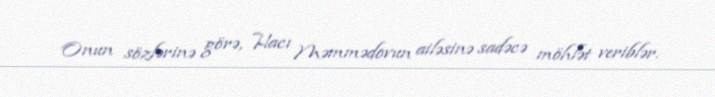
Onun sözlərinə görə, Hacı Məmmədovun ailəsinə sadəcə möhlət veriblər.